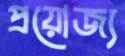
প্রয়োজ্য